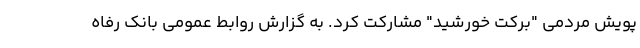
پویش مردمی "برکت خورشید" مشارکت کرد. به گزارش روابط عمومی بانک رفاه